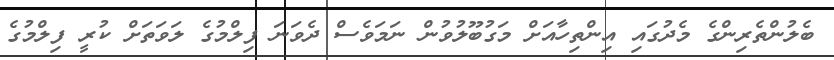
ބެލުންތެރިންގެ މެދުގައި އިންތިހާއަށް މަގުބޫލުވުން ނަމަވެސް ދެވަނަ ފިލްމުގެ ލަވަތަށް ކުރީ ފިލްމުގެ